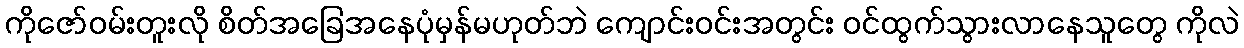
ကိုဇော်ဝမ်းတူးလို စိတ်အခြေအနေပုံမှန်မဟုတ်ဘဲ ကျောင်းဝင်းအတွင်း ဝင်ထွက်သွားလာနေသူတွေ ကိုလဲ